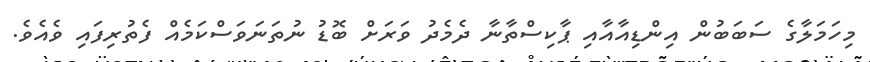
މިހަމަލާގެ ސަބަބުން އިންޑިއާއާއި ޕާކިސްތާނާ ދެމެދު ވަރަށް ބޮޑު ނުތަނަވަސްކަމެއް ފެތުރިފައި ވެއެވެ.